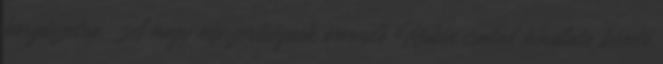
horgászatra. A nagy népszerűségnek örvendő Rubin család kínálata kiváló